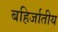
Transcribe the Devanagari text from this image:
बहिर्जातीय